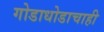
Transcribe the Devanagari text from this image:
गोडाधोडाचाही